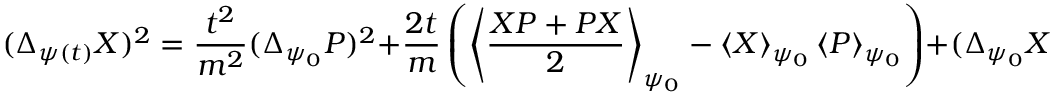
( \Delta _ { \psi ( t ) } X ) ^ { 2 } = { \frac { t ^ { 2 } } { m ^ { 2 } } } ( \Delta _ { \psi _ { 0 } } P ) ^ { 2 } + { \frac { 2 t } { m } } \left( \left\langle { \frac { X P + P X } { 2 } } \right\rangle _ { \psi _ { 0 } } - \left\langle X \right\rangle _ { \psi _ { 0 } } \left\langle P \right\rangle _ { \psi _ { 0 } } \right) + ( \Delta _ { \psi _ { 0 } } X ) ^ { 2 }